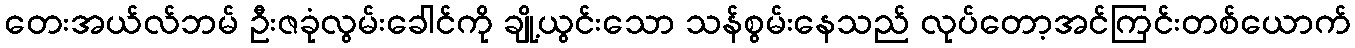
တေးအယ်လ်ဘမ် ဦးဇခုံလွမ်းခေါင်ကို ချို့ယွင်းသော သန်စွမ်းနေသည် လုပ်တော့အင်ကြင်းတစ်ယောက်